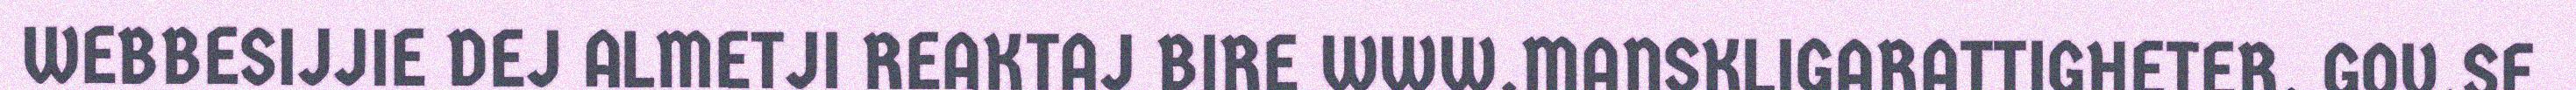
WEBBESIJJIE DEJ ALMETJI REAKTAJ BIRE WWW.MANSKLIGARATTIGHETER. GOV.SE